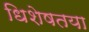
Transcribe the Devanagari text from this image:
धिशेषतया